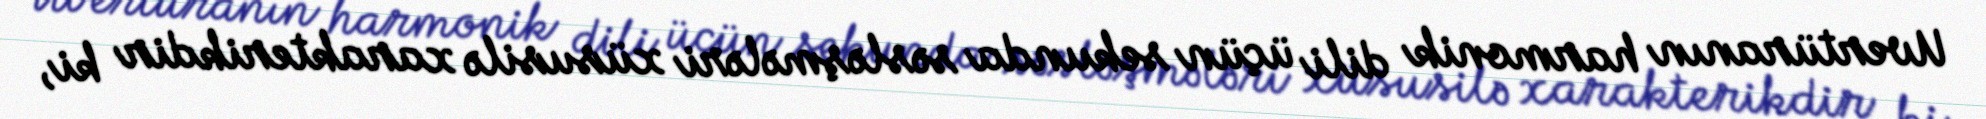
Uvertüranın harmonik dili üçün sekunda səsləşmələri xüsusilə xarakterikdir ki,